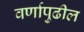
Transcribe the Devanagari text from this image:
वर्णापुढील